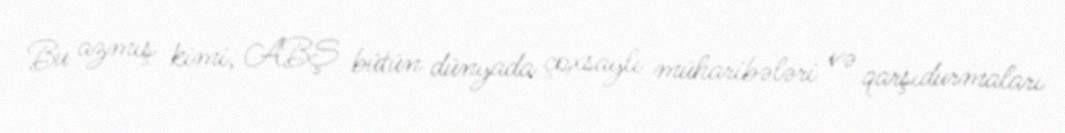
Bu azmış kimi, ABŞ bütün dünyada çoxsaylı müharibələri və qarşıdurmaları